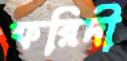
ফরিদী